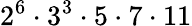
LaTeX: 2^{6}\cdot 3^{3}\cdot 5\cdot 7\cdot 11